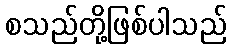
စသည်တို့ဖြစ်ပါသည်